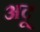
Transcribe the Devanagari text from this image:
अदू